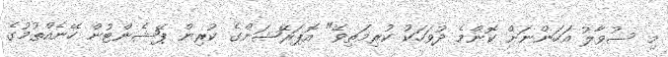
މި ސުވާލު އަހަންނަށް ކޮންމެ ދުވަހަކު ކުރިމަތިވޭ" އޮޕަރޭޝަންގެ ކުރިން ޕޭޝެންޓުން ހޭނެއްތުމުގެ